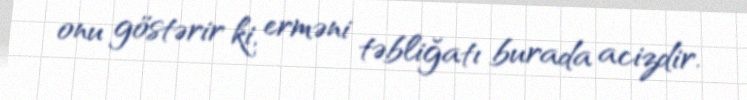
onu göstərir ki, erməni təbliğatı burada acizdir.